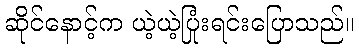
ဆိုင်နောင့်က ယဲ့ယဲ့ပြုံးရင်းပြောသည်။